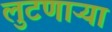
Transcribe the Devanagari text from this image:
लुटणाऱ्या